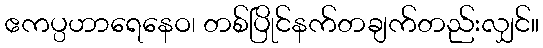
ဧကပ္ပဟာရေနေဝ၊ တစ်ပြိုင်နက်တချက်တည်းလျှင်။